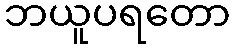
ဘယူပရတော